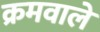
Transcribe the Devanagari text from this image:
क्रमवाले